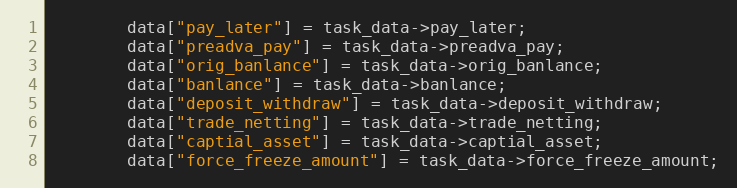
Language: C++
		data["pay_later"] = task_data->pay_later;
		data["preadva_pay"] = task_data->preadva_pay;
		data["orig_banlance"] = task_data->orig_banlance;
		data["banlance"] = task_data->banlance;
		data["deposit_withdraw"] = task_data->deposit_withdraw;
		data["trade_netting"] = task_data->trade_netting;
		data["captial_asset"] = task_data->captial_asset;
		data["force_freeze_amount"] = task_data->force_freeze_amount;